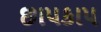
છાપકાપ